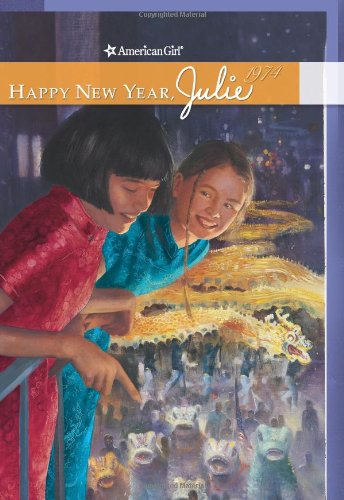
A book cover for Happy New Year, Julie (American Girl (Quality)); Megan Mcdonald; Children's Books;